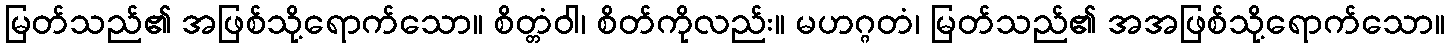
မြတ်သည်၏ အဖြစ်သို့ရောက်သော။ စိတ္တံဝါ၊ စိတ်ကိုလည်း။ မဟဂ္ဂတံ၊ မြတ်သည်၏ အအဖြစ်သို့ရောက်သော။